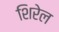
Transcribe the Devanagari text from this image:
शिरेल